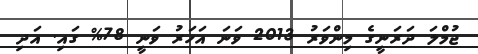
ޖުމްލަ ދަރަނީގެ މިންވަރު 2013 ވަނަ އަހަރު ވަނީ 78% ގައި. އަދި